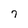
Character: 7